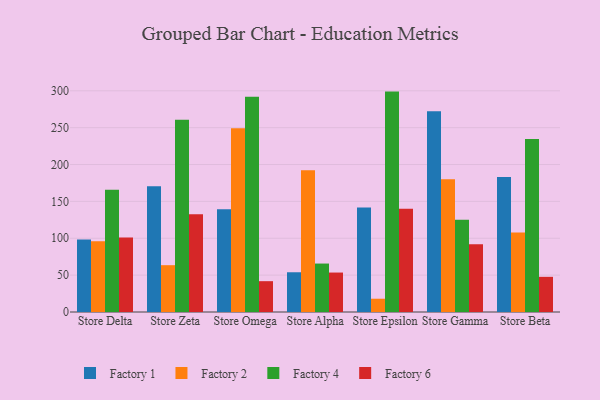
{"axis": {"x": "Store", "y": "Waste Production (Tons)"}, "legend": ["Factory 1", "Factory 2", "Factory 4", "Factory 6"], "data": [{"x": "Store Delta", "y": 98.2, "type": "Factory 1"}, {"x": "Store Delta", "y": 96.0, "type": "Factory 2"}, {"x": "Store Delta", "y": 165.7, "type": "Factory 4"}, {"x": "Store Delta", "y": 101.1, "type": "Factory 6"}, {"x": "Store Zeta", "y": 170.7, "type": "Factory 1"}, {"x": "Store Zeta", "y": 63.5, "type": "Factory 2"}, {"x": "Store Zeta", "y": 260.8, "type": "Factory 4"}, {"x": "Store Zeta", "y": 132.4, "type": "Factory 6"}, {"x": "Store Omega", "y": 139.3, "type": "Factory 1"}, {"x": "Store Omega", "y": 249.2, "type": "Factory 2"}, {"x": "Store Omega", "y": 292.0, "type": "Factory 4"}, {"x": "Store Omega", "y": 41.8, "type": "Factory 6"}, {"x": "Store Alpha", "y": 53.9, "type": "Factory 1"}, {"x": "Store Alpha", "y": 192.1, "type": "Factory 2"}, {"x": "Store Alpha", "y": 65.7, "type": "Factory 4"}, {"x": "Store Alpha", "y": 53.5, "type": "Factory 6"}, {"x": "Store Epsilon", "y": 141.8, "type": "Factory 1"}, {"x": "Store Epsilon", "y": 18.0, "type": "Factory 2"}, {"x": "Store Epsilon", "y": 298.9, "type": "Factory 4"}, {"x": "Store Epsilon", "y": 139.9, "type": "Factory 6"}, {"x": "Store Gamma", "y": 272.2, "type": "Factory 1"}, {"x": "Store Gamma", "y": 180.2, "type": "Factory 2"}, {"x": "Store Gamma", "y": 125.2, "type": "Factory 4"}, {"x": "Store Gamma", "y": 92.0, "type": "Factory 6"}, {"x": "Store Beta", "y": 183.2, "type": "Factory 1"}, {"x": "Store Beta", "y": 107.7, "type": "Factory 2"}, {"x": "Store Beta", "y": 234.5, "type": "Factory 4"}, {"x": "Store Beta", "y": 47.7, "type": "Factory 6"}]}